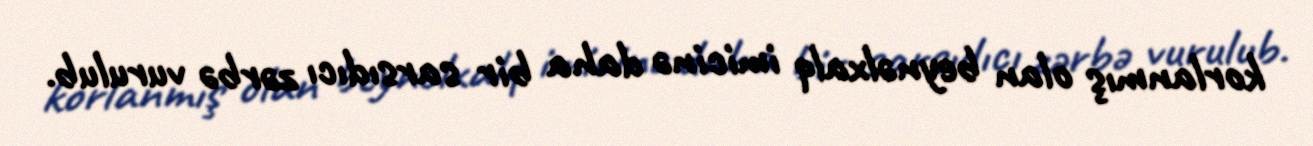
korlanmış olan beynəlxalq imicinə daha bir sarsıdıcı zərbə vurulub.